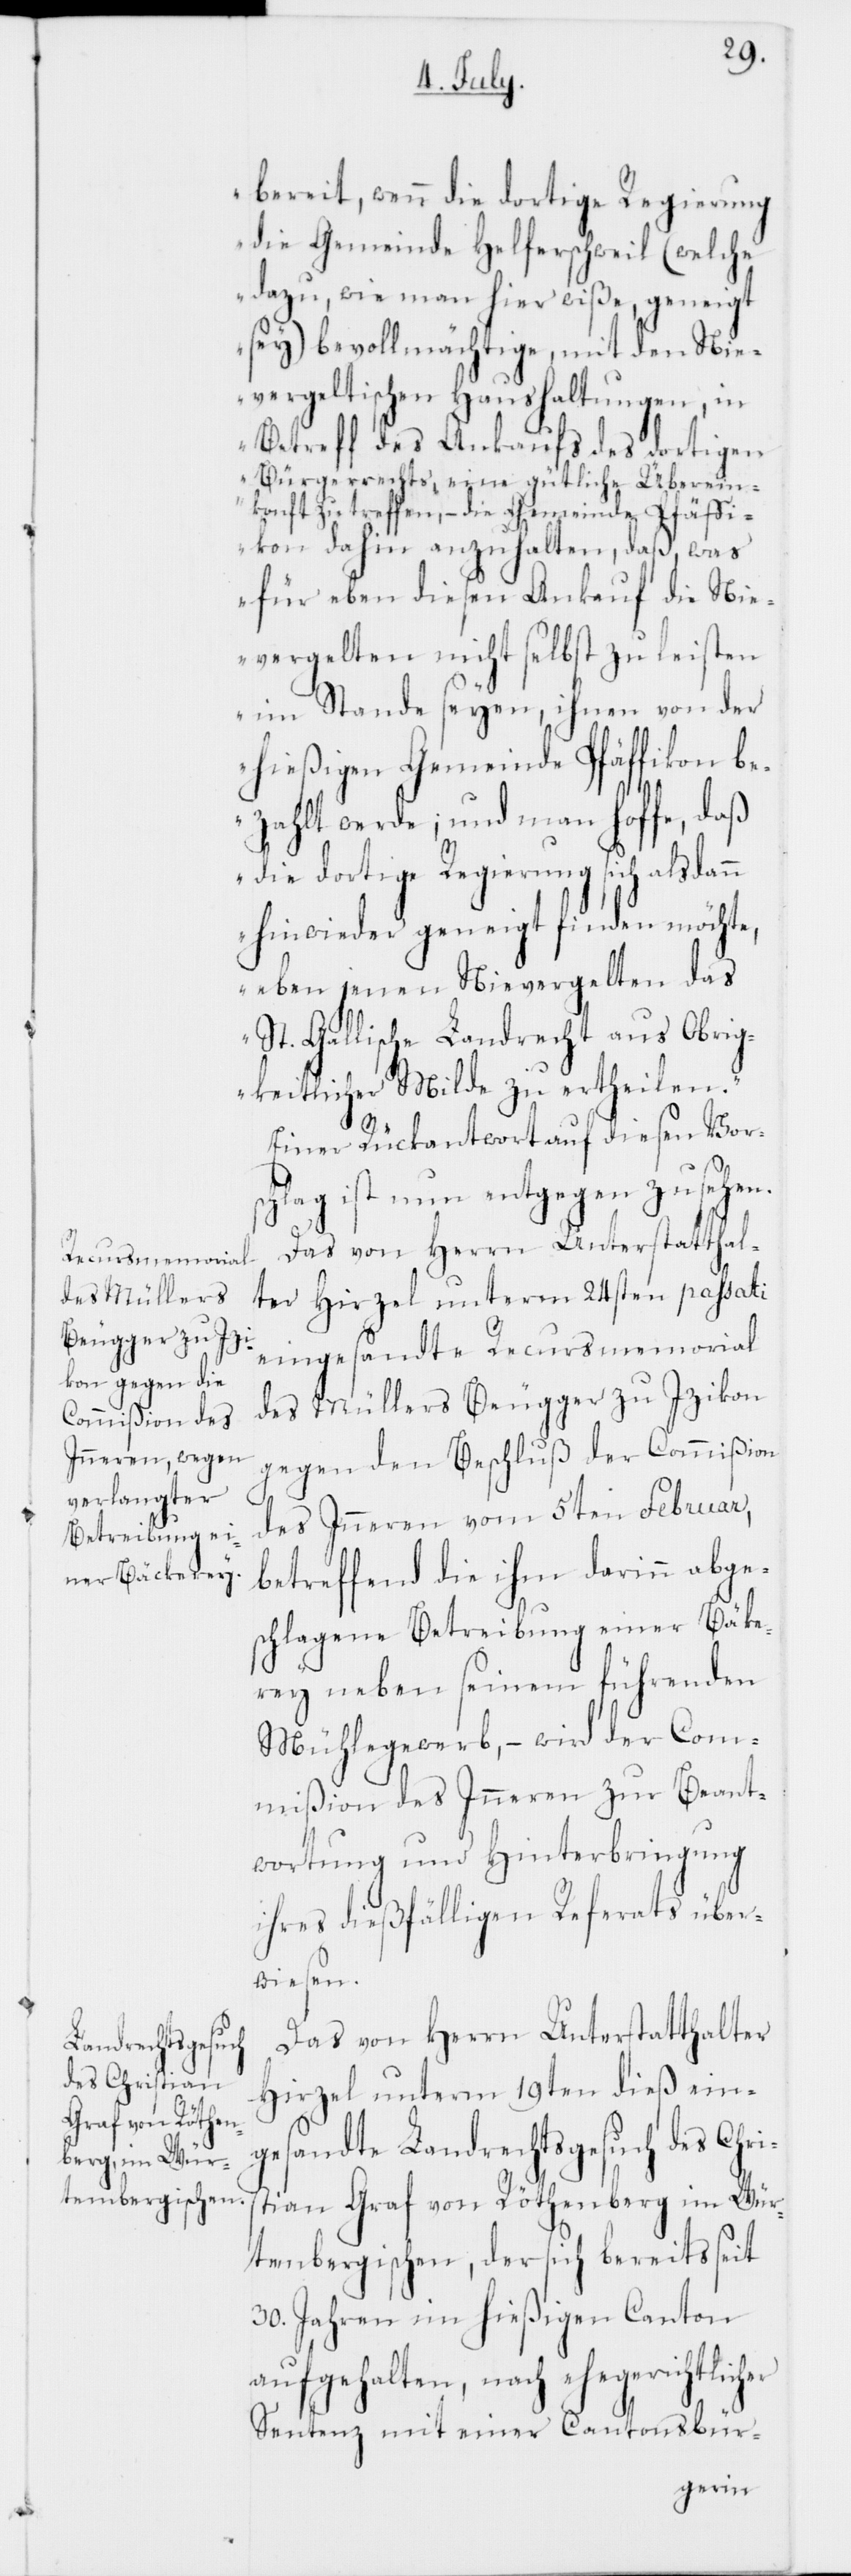
rey

bereit, wenn die dortige Regierung
die Gemeinde Helferschweil (welche
dazu, wie man hier wiße, geneigt
sey) bevollmächtigte, mit den Nie¬
vergeltischen Haushaltungen, in
Betreff des Ankaufs des dortigen
Bürgerrechts, eine gütliche Überein¬
konft zu treffen, – die Gemeinde Pfäffi¬
kon dahin anzuhalten, daß, was
für eben diesen Ankauf die Ni¬
evergelten nicht selbst zu leisten
im Stand seyen, ihnen von der
hießigen Gemeinde Pfäffikon be¬
zahlt werde; und man hoffe, daß
die dortige Regierung sich allsdann
hinwieder geneigt finden möchte,
eben jenen Nievergelten das
St. Gallische Landrecht aus Obrig¬
keitlicher Milde zu ertheilen.“
Einer Rückantwort auf diesen Vors¬
chlag ist nun entgegen zu sehen.
Das von Herrn Unterstatthal¬
ter Hirzel unterm 24sten passati
eingesandte Recursmemorial
des Müllers Beugger zu Izikon
gegen den Beschluß der Commißion
des Inneren vom 5ten Februar,
betreffend die ihm darinn abge¬
schlagene Betreibung einer Bäke¬
neben seinem führenden
Mühlegewerb, – wird der Com¬
mißion des Inneren zur Beant¬
wortung und Hinterbringung
ihres dießfälligen Referats über¬
wiesen.
Das von Herrn Unterstatthalter
Hirzel unterm 19ten dieß ein¬
gesandte Landrechtsgesuch des Chri¬
stian Graf von Röthenberg im Wür¬
tembergischen, der sich bereits seit
30. Jahren im hießigen Canton
aufgehalten, nach ehegerichtlicher
Sentenz mit einer Cantonsbür-